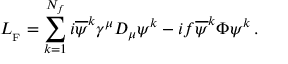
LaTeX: { \cal L } _ { _ { \mathrm { F } } } = \sum _ { k = 1 } ^ { N _ { f } } i { \overline { { \psi } } } ^ { k } \gamma ^ { \mu } D _ { \mu } \psi ^ { k } - i f { \overline { { \psi } } } ^ { k } \Phi \psi ^ { k } \, .